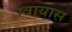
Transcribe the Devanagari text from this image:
ग्वायास